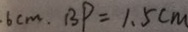
\cdot 6 c m . B P = 1 . 5 c m